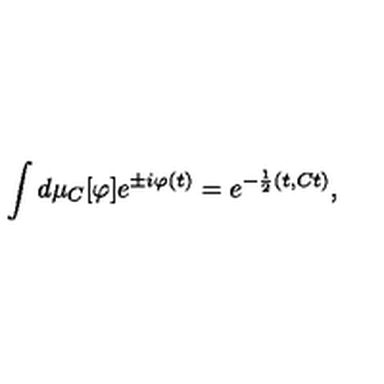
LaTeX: \int d \mu _ { C } [ \varphi ] e ^ { \pm i \varphi ( t ) } = e ^ { - \frac { 1 } { 2 } ( t , C t ) } ,